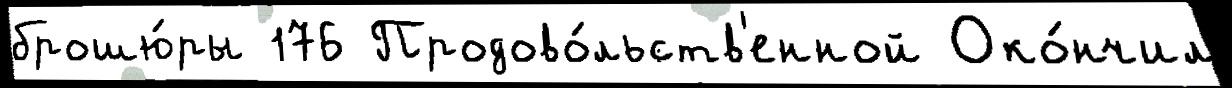
брошю́ры 176 Продово́льств'енной Око́нчил